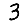
Digit: 3